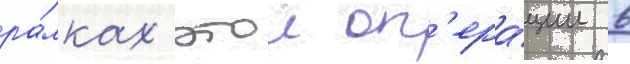
ра́мках этои оп'ера́ции в